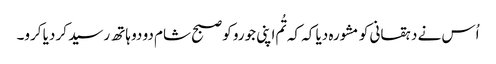
اُس نے دہقانی کو مشورہ دیا کہ کہ تُم اپنی جورو کو صبح شام دو دو ہاتھ رسید کر دیا کرو۔